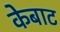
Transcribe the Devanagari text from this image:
केबाट